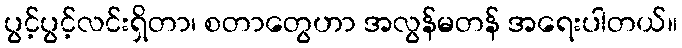
ပွင့်ပွင့်လင်းရှိတာ၊ စတာတွေဟာ အလွန်မတန် အရေးပါတယ်။